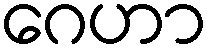
ဂေဟာ